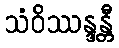
သံဝိဿန္ဒန္တီ